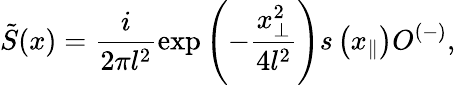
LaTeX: \tilde{S}(x)=\frac{i}{2\pi l^{2}}\exp\left(-\frac{x_{\perp}^{2}}{4l^{2}}\right)s\left(x_{\parallel}\right)O^{(-)},